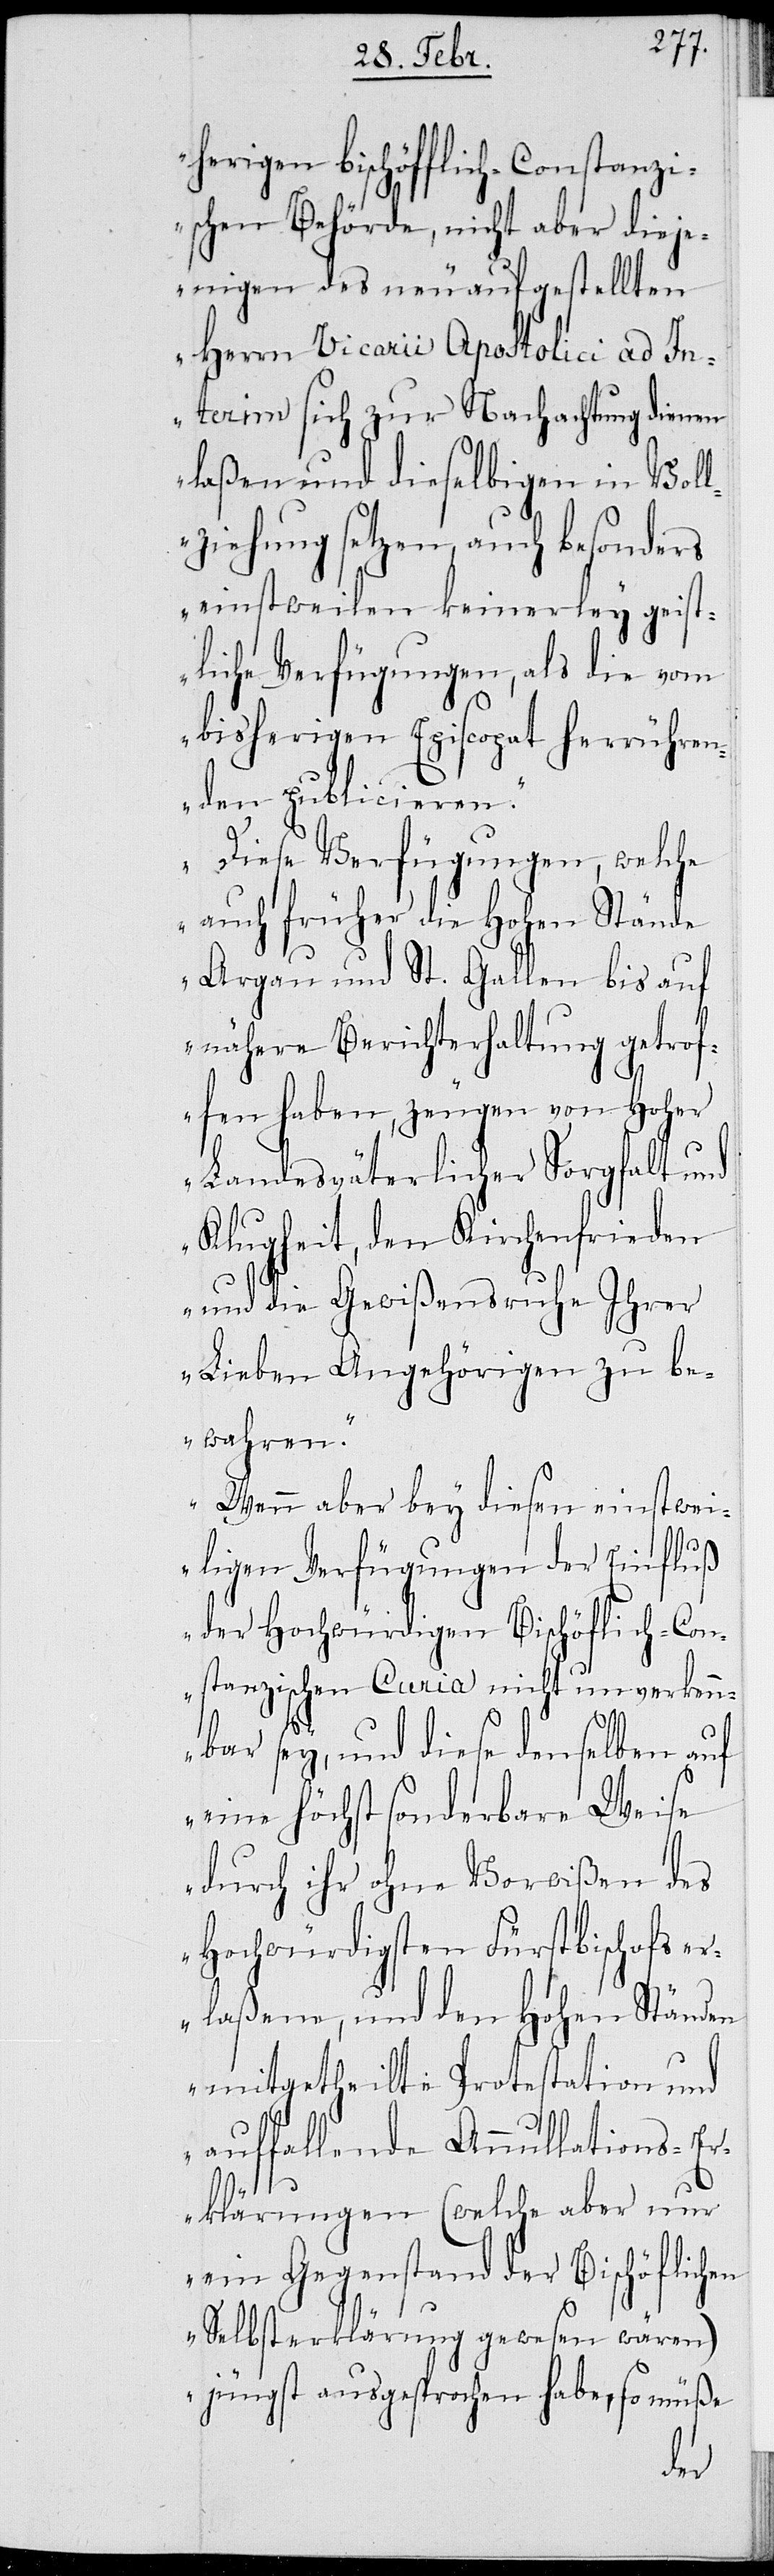
herigen Bischöfflich-Constanz¬
ischen Behörde, nicht aber dieje¬
nigen des neuaufgestellten
Herrn Vicarii Apostolici ad In¬
terim sich zur Nachachtung dienen
laßen und dieselbigen in Voll¬
ziehung setzen, auch besonders
einstweilen keinerley geist¬
liche Verfügungen, als die vom
bisherigen Episcopat herrühren¬
den publicieren.
Diese Verfügungen, welche
auch früher die Hohen Stände
Argau und St. Gallen bis auf
nähere Berichterhaltung getrof¬
fen haben, zeugen von Hoher
Landesväterlicher Sorgfalt und
Klugheit, den Kirchenfrieden
und die Gewißensruhe Ihrer
Lieben Angehörigen zu be¬
wahren.
Wenn aber bey diesen einstwei¬
ligen Verfügungen der Einfluß
der Hochwürdigen Bischöflich-Con¬
stanzischen Curia nicht unverkenn¬
bar sey, und diese denselben auf
eine höchst sonderbare Weise
durch ihr ohne Vorwißen des
Hochwürdigsten Fürstbischofs e¬
rlaßene, und den Hohen Ständen
mitgetheilte Protestation und
auffallende Annulations-Er¬
klärungen (welche aber nur
ein Gegenstand der Bischöflichen
Selbsterklärung gewesen wären)
jüngst ausgesprochen habe, so müße